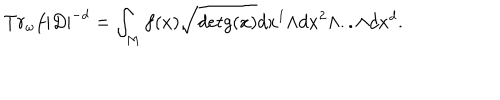
T r _ { \omega } f | D | ^ { - d } = \int _ { M } f ( x ) \sqrt { d e t g ( x ) } d x ^ { 1 } { \wedge } d x ^ { 2 } { \wedge } . . { \wedge } d x ^ { d } .